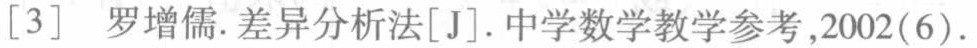
[3] 罗增儒.差异分析法[J].中学数学教学参考,2002(6).